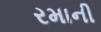
રમાની